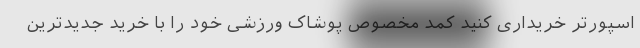
اسپورتر خریداری کنید کمد مخصوص پوشاک ورزشی خود را با خرید جدیدترین